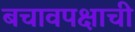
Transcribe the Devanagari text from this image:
बचावपक्षाची